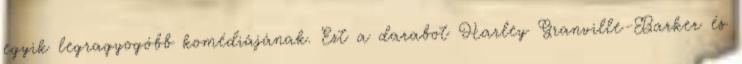
egyik legragyogóbb komédiájának. Ezt a darabot Harley Granville-Barker és